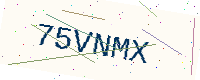
Text: 75VNMX